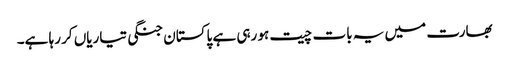
بھارت میں یہ بات چیت ہو رہی ہے پاکستان جنگی تیاریاں کر رہا ہے۔